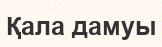
Қала дамуы